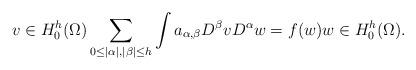
LaTeX: \begin{align*}v \in H^{h}_0(\Omega) \sum_{0\leq|\alpha|,|\beta|\leq h} \int a_{\alpha, \beta}D^\beta v D^\alpha w = f(w) w \in H^h_0(\Omega).\end{align*}